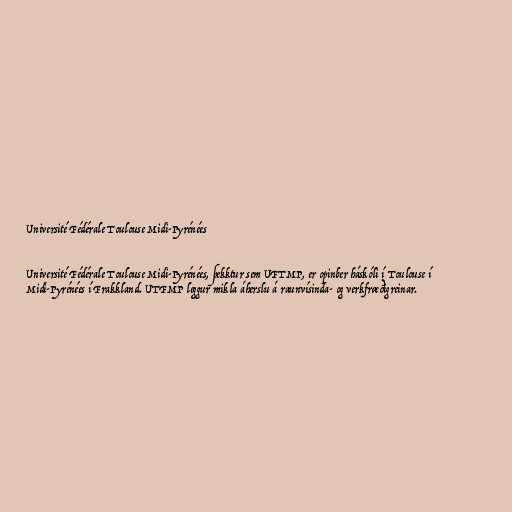
Université Fédérale Toulouse Midi-Pyrénées

Université Fédérale Toulouse Midi-Pyrénées, þekktur sem UFTMP, er opinber háskóli í Toulouse í
Midi-Pyrénées í Frakkland. UTFMP leggur mikla áherslu á raunvísinda- og verkfræðigreinar.